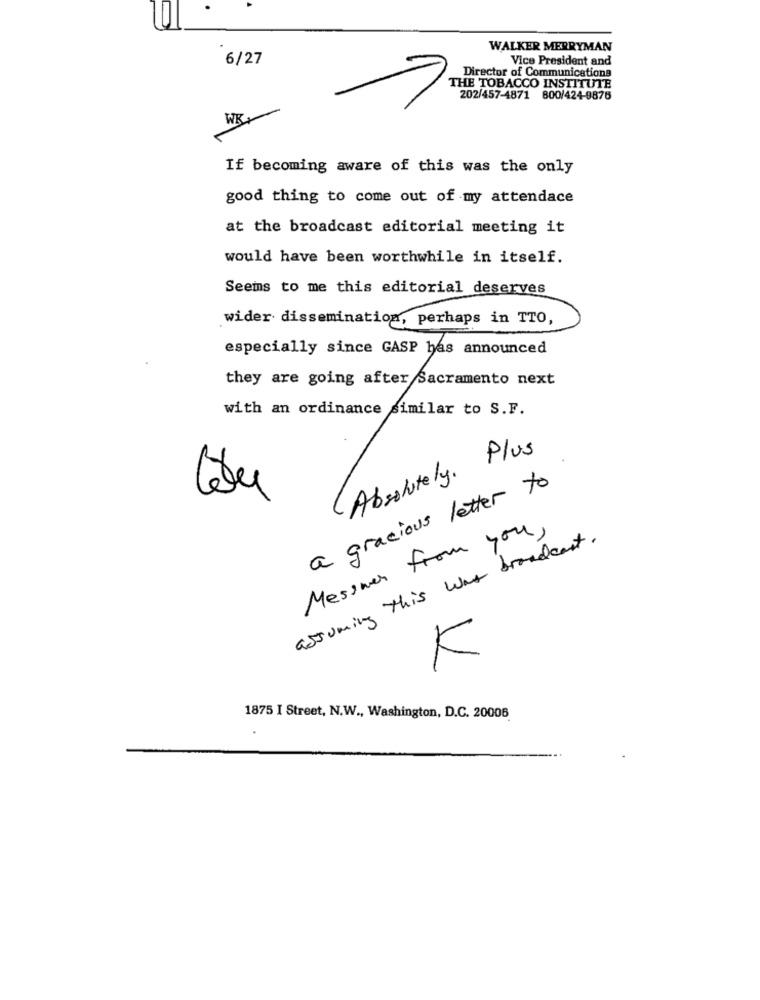
WALKER MERRYMAN
6/27
Vice President and
Director of Communications
THE TOBACCO INSTITUTE
202/457-4871 800/424-9876
WK
If becoming aware of this was the only
good thing to come out of my attendace
at the broadcast editorial meeting it
would have been worthwhile in itself.
Seems to me this editorial deserves
wider dissemination, perhaps in TTO,
especially since GASP has announced
they are going after Sacramento next
with an ordinance similar to S.F.
Absolutely. Plus
a gracious letter to
Messner from you,
assuming this was broadcast.
K
1875 I Street, N.W ., Washington, D.C. 20006